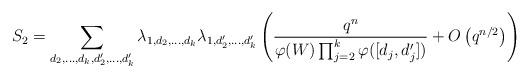
LaTeX: \begin{align*}S_2 = \sum_{d_2, \ldots, d_k, d_2', \ldots, d_k'} \lambda_{1, d_2, \ldots, d_k} \lambda_{1, d_2', \ldots, d_k'} \left(\frac{q^n}{\varphi(W) \prod_{j = 2}^k \varphi([d_j,d_j'])} + O\left(q^{n/2}\right)\right)\end{align*}